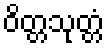
ဝိတ္တသုတ္တံ